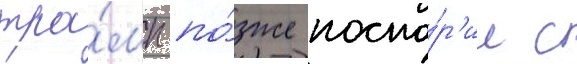
тра́мп по́зже поспо́р'ил с